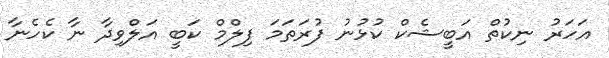
އަހަރު ނިކުތް އަބީޝެކް ކުޅުނު ފުރަތަމަ ފިލްމް ކަބީ އަލްވިދާ ނާ ކެހެނާ